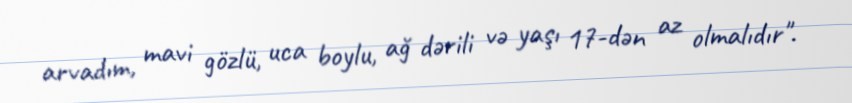
arvadım, mavi gözlü, uca boylu, ağ dərili və yaşı 17-dən az olmalıdır".